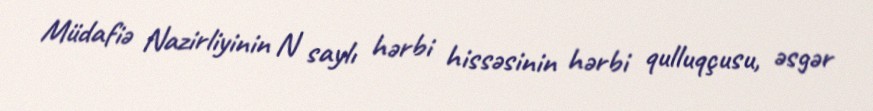
Müdafiə Nazirliyinin N saylı hərbi hissəsinin hərbi qulluqçusu, əsgər